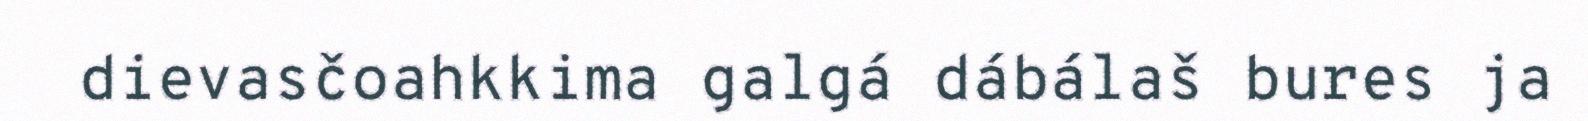
dievasčoahkkima galgá dábálaš bures ja